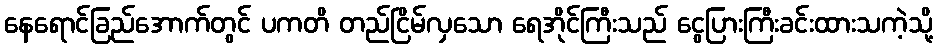
နေရောင်ခြည်အောက်တွင် ပကတိ တည်ငြိမ်လှသော ရေအိုင်ကြီးသည် ငွေပြားကြီးခင်းထားသကဲ့သို့